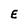
Character: E